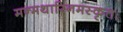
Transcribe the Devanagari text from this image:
मन्मथारिनमस्कृतः